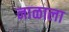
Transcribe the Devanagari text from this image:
नाळाला